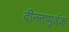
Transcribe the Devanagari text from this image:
दीनतापुर्वक